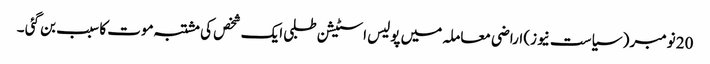
20 نومبر ( سیاست نیوز) اراضی معاملہ میں پولیس اسٹیشن طلبی ایک شخص کی مشتبہ موت کا سبب بن گئی ۔